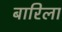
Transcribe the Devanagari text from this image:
बारिला